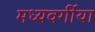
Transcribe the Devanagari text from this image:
मध्यवर्गीया